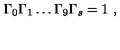
\Gamma _ { 0 } \Gamma _ { 1 } \dots \Gamma _ { 9 } \Gamma _ { s } = 1 \ ,